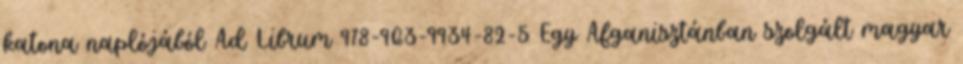
katona naplójából Ad Librum 978-963-9934-82-5 Egy Afganisztánban szolgált magyar